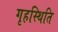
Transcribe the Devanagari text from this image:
गृहस्थिति